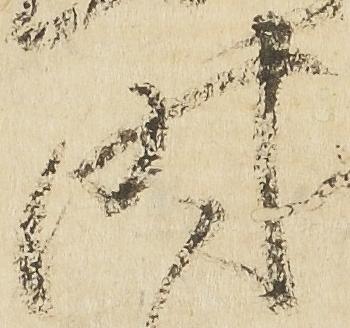
時